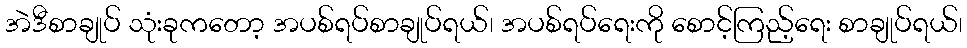
အဲဒီစာချုပ် သုံးခုကတော့ အပစ်ရပ်စာချုပ်ရယ်၊ အပစ်ရပ်ရေးကို စောင့်ကြည့်ရေး စာချုပ်ရယ်၊